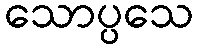
သောပ္ပသေ